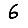
Digit: 6